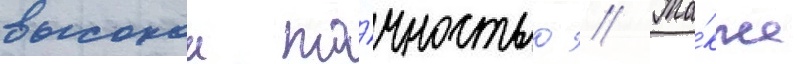
высокои то́чностью // Та́кже